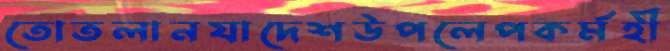
তোতলানযাদেশউপলেপকর্মহী